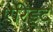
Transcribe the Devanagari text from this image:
एरिंड्ट